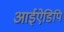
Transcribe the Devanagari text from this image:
आईऐडिपि